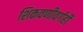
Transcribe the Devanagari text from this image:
शिकवणीवर्गही